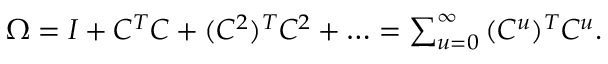
\begin{array} { r } { \Omega = I + C ^ { T } C + ( C ^ { 2 } ) ^ { T } C ^ { 2 } + \ldots = \sum _ { u = 0 } ^ { \infty } { ( C ^ { u } ) ^ { T } C ^ { u } } . } \end{array}